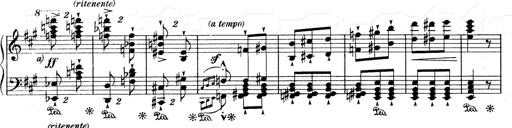
Title: Mephisto Waltz No.1
Composer: Franz Liszt